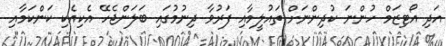
އަދި އޯޓިޒަމް ހުންނަ ކުދިންނަށް ތައުލީމާއި ފަރުވާ ދިނުމުގައި ބަލަންޖެހޭ އެކިއެކި ކަންކަމާއި